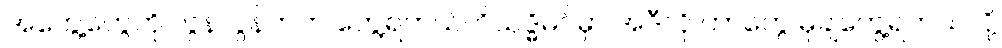
အတွေ့တွေကို လွန်လွန်ကဲကဲ တွေ့ရတယ်၊ ဝိသုဒ္ဓိမဂ်မှာ အဲဒီလို ဟာတွေ မုချတွေ့ရတယ်လို့